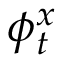
\phi _ { t } ^ { x }